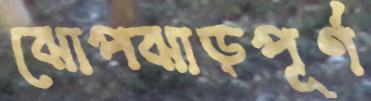
ঝোপঝাড়পূর্ণ